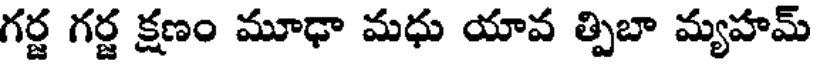
గర్జ గర్జ క్షణం మూఢా మధు యావ త్పిబా మ్యహమ్